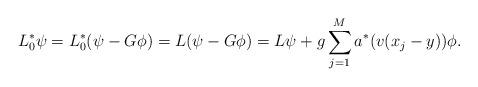
LaTeX: \begin{align*} L_0^* \psi= L_0^*(\psi - G\phi) = L(\psi -G\phi)=L\psi + g\sum_{j=1}^M a^*(v(x_j-y)) \phi.\end{align*}